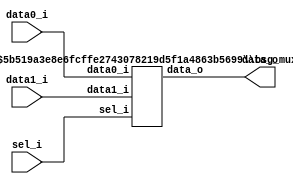
/* Generated by Yosys 0.27+9 (git sha1 101d19bb6, gcc 11.2.0-7ubuntu2 -fPIC -Os) */


module \$paramod$5b519a3e8e6fcffe2743078219d5f1a4863b5699\bsg_mux_segmented (data0_i, data1_i, sel_i, data_o);
  
  input [15:0] data0_i;
  wire [15:0] data0_i;
  
  input [15:0] data1_i;
  wire [15:0] data1_i;
  
  output [15:0] data_o;
  wire [15:0] data_o;
  
  input [15:0] sel_i;
  wire [15:0] sel_i;
  assign data_o[6] = sel_i[6] ? data1_i[6] : data0_i[6];
  assign data_o[7] = sel_i[7] ? data1_i[7] : data0_i[7];
  assign data_o[8] = sel_i[8] ? data1_i[8] : data0_i[8];
  assign data_o[9] = sel_i[9] ? data1_i[9] : data0_i[9];
  assign data_o[10] = sel_i[10] ? data1_i[10] : data0_i[10];
  assign data_o[11] = sel_i[11] ? data1_i[11] : data0_i[11];
  assign data_o[12] = sel_i[12] ? data1_i[12] : data0_i[12];
  assign data_o[13] = sel_i[13] ? data1_i[13] : data0_i[13];
  assign data_o[14] = sel_i[14] ? data1_i[14] : data0_i[14];
  assign data_o[15] = sel_i[15] ? data1_i[15] : data0_i[15];
  assign data_o[0] = sel_i[0] ? data1_i[0] : data0_i[0];
  assign data_o[1] = sel_i[1] ? data1_i[1] : data0_i[1];
  assign data_o[2] = sel_i[2] ? data1_i[2] : data0_i[2];
  assign data_o[3] = sel_i[3] ? data1_i[3] : data0_i[3];
  assign data_o[4] = sel_i[4] ? data1_i[4] : data0_i[4];
  assign data_o[5] = sel_i[5] ? data1_i[5] : data0_i[5];
endmodule

(* top =  1  *)

module bsg_mux_bitwise(data0_i, data1_i, sel_i, data_o);
  
  input [15:0] data0_i;
  wire [15:0] data0_i;
  
  input [15:0] data1_i;
  wire [15:0] data1_i;
  
  output [15:0] data_o;
  wire [15:0] data_o;
  
  input [15:0] sel_i;
  wire [15:0] sel_i;
  (* module_not_derived = 32'd1 *)
  
  \$paramod$5b519a3e8e6fcffe2743078219d5f1a4863b5699\bsg_mux_segmented  mux_segmented (
    .data0_i(data0_i),
    .data1_i(data1_i),
    .data_o(data_o),
    .sel_i(sel_i)
  );
endmodule